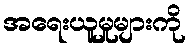
အရေးယူမှုများကို